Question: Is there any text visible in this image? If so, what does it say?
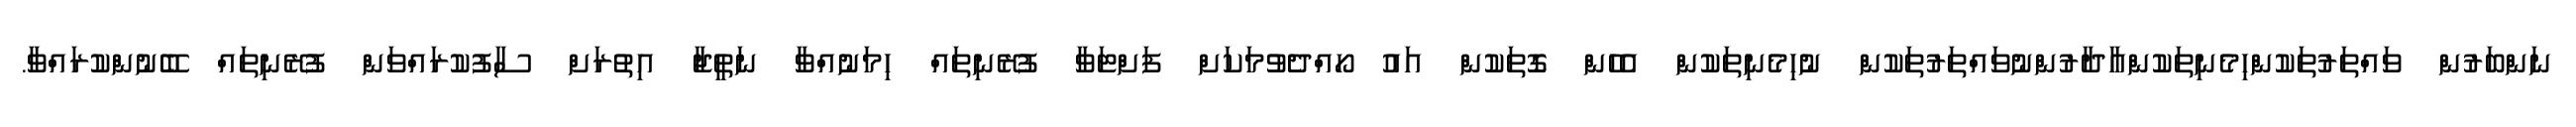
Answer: ނަންބަރުން ވައްތަރުތަކުންހިމެނިތަކުންއާދާރުންނުވައްތަރުތަކުން ނުހިމެނިތަކުން އެހެން ގޮތަކުން އައު ހޯއްދެވުމަކަށް ފަށްޓަވާ ފުރޭނިތައް ހިމަނުއްވާ ނަތީޖާ އިތުރަށް ސާފުކުރައްވަން ފުރޭނިތައް ބޭނުންކުރައްވާ.